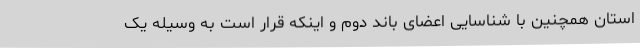
استان همچنین با شناسایی اعضای باند دوم و اینکه قرار است به وسیله یک